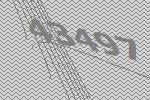
43497